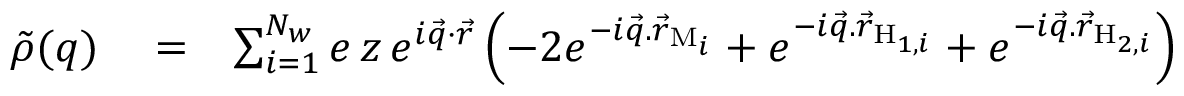
\begin{array} { r l r } { \tilde { \rho } ( q ) } & { { } = } & { \sum _ { i = 1 } ^ { N _ { w } } e \, z \, e ^ { i \vec { q } \cdot \vec { r } } \left( - 2 e ^ { - i \vec { q } . \vec { r } _ { \mathrm { M } _ { i } } } + e ^ { - i \vec { q } . \vec { r } _ { \mathrm { H } _ { 1 , i } } } + e ^ { - i \vec { q } . \vec { r } _ { \mathrm { H } _ { 2 , i } } } \right) } \end{array}